Reports on military cantonments and civil stations in the Presidency of Bombay inspected by the Sanitary Commissioner in the years 1875 and 1876
Year: 1875
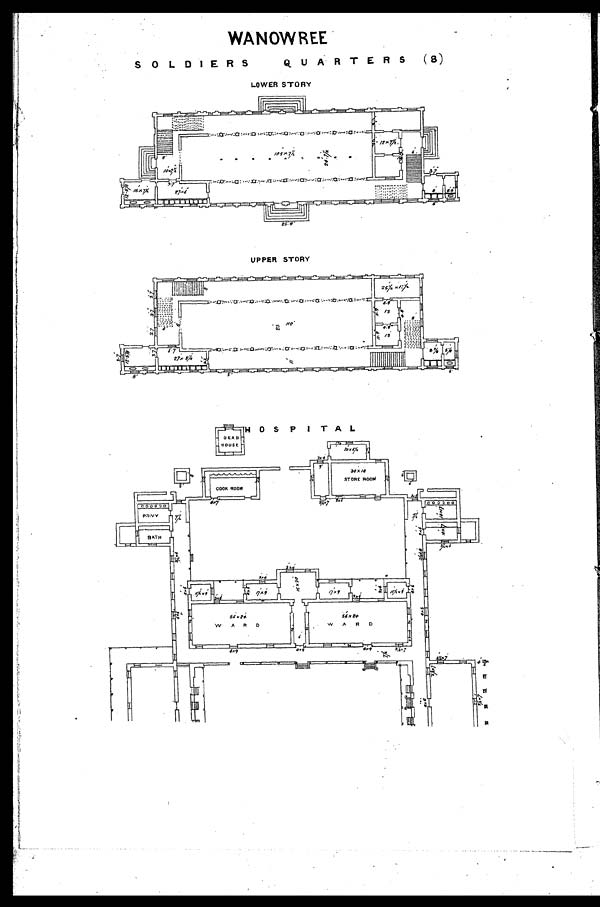
WANOWREE
SOLDIERS QUARTERS (8)
LOWER STORY
UPPER STORY
HOSPITAL